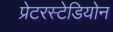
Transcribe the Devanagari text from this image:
प्रेटरस्टेडियोन